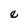
Character: e